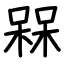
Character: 槑